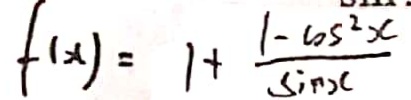
f ( x ) = 1 + \frac { 1 - \cos ^ { 2 } x } { \sin x }